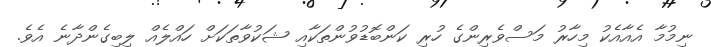
ނިމުމާ އެއާއެކު މިހާރު މަސްވެރިންގެ ހުރި ކަންބޮޑުވުންތަކާއި ޝަކުވާތަކަށް ހައްލެއް ލިބިގެންދާނެ އެވެ.